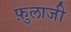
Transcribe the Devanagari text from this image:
फ़ुलाजी